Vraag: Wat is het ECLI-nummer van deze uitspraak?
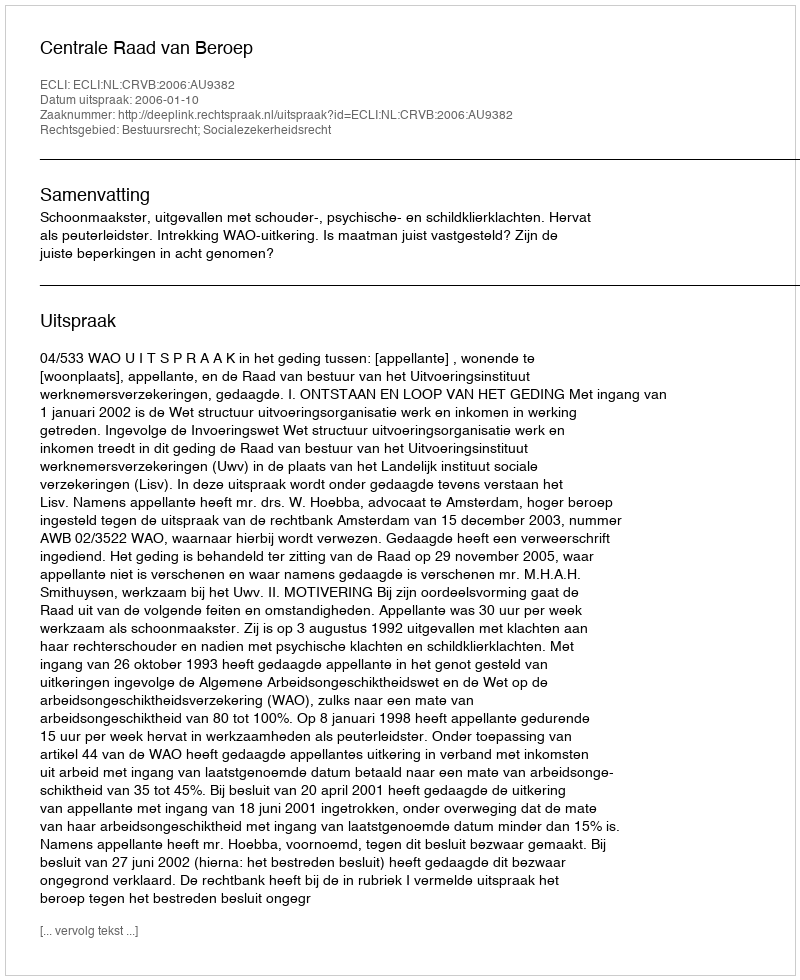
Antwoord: ECLI:NL:CRVB:2006:AU9382